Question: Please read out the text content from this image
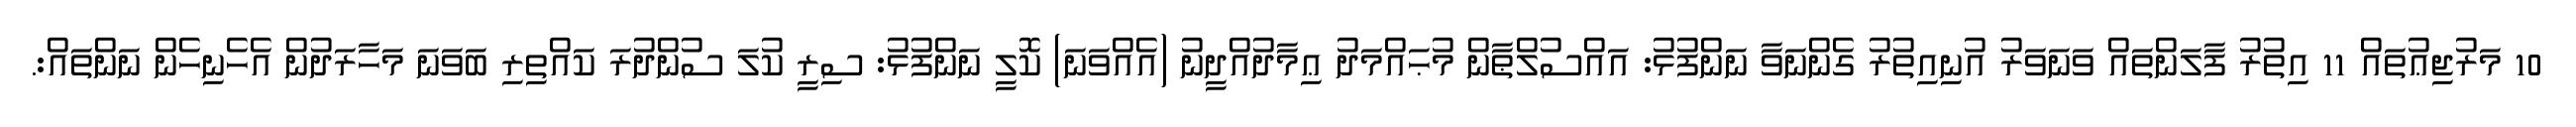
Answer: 10 މަރުޖިޢުތައް 11 އިތުރު ފާލަންތައް ވަނަވަރު އުނިއިތުރު ގެންނަވާ ނަންފުޅު: އައްސުލްޠާން މުޙައްމަދު ޢިމާދުއްދީނު (އެއްވަނަ) ކޮލީ ނަންފުޅު: ސިރީ ކުލަ ސުންދުރަ ކައްތިރި ބަވަނަ މަހާރަދުން އެހެނިހެން ނަންތައް:.